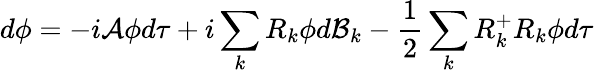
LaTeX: d\phi=-i{\cal A}\phi d\tau+i\sum_{k}R_{k}\phi d{\cal B}_{k}-\frac{1}{2}\sum_{k}R_{k}^{+}R_{k}\phi d\tau